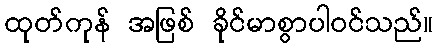
ထုတ်ကုန် အဖြစ် ခိုင်မာစွာပါဝင်သည်။